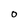
Character: O